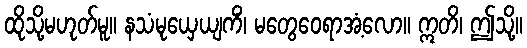
ထိုသို့မဟုတ်မူ။ နသံမုယှေယျကိံ၊ မတွေဝေရာအံ့လော။ ဣတိ၊ ဤသို့။